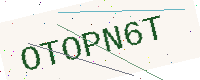
Text: OTOPN6T